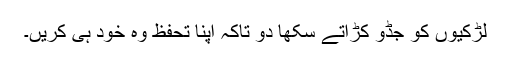
لڑکیوں کو جڈو کڑاتے سکھا دو تاکہ اپنا تحفظ وہ خود ہی کریں۔